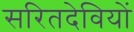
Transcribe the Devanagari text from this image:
सरितदेवियों